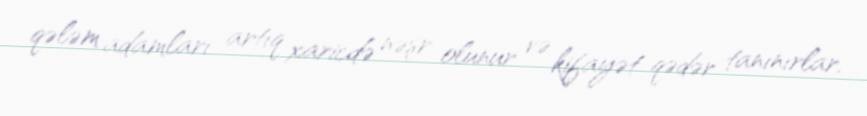
qələm adamları artıq xaricdə nəşr olunur və kifayət qədər tanınırlar.